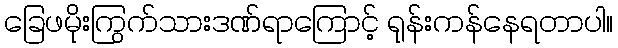
ခြေဖမိုးကြွက်သားဒဏ်ရာကြောင့် ရုန်းကန်နေရတာပါ။